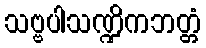
သဗ္ဗပါသဏ္ဍိကဘတ္တံ